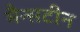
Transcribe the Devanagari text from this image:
मैन्सटीन